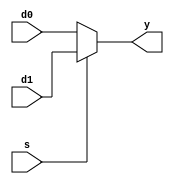
// mux2
module mux2 #(parameter WIDTH = 32)
             (d0, d1,
              s, y);
              
    input  [WIDTH-1:0] d0, d1;
    input              s;
    output [WIDTH-1:0] y;
              
    assign y = ( s == 1'b1 ) ? d1:d0;
    
endmodule

module mux2_5 #(parameter WIDTH = 5)
             (d0, d1,
              s, y);
              
    input  [WIDTH-1:0] d0, d1;
    input              s;
    output [WIDTH-1:0] y;
              
    assign y = ( s == 1'b1 ) ? d1:d0;
    
endmodule

module mux2_1(d0, d1,
              s, y);
              
    input  d0, d1;
    input   s;
    output  y;
              
    assign y = ( s == 1'b1 ) ? d1:d0;
    
endmodule

// mux4
module mux4 #(parameter WIDTH = 32)
             (d0, d1, d2, d3,
              s, y);
    
    input  [WIDTH-1:0] d0, d1, d2, d3;
    input  [1:0] s;
    output [WIDTH-1:0] y;
    
    reg [WIDTH-1:0] y_r;
    
    always @( * ) begin
        case ( s )
            2'b00: y_r = d0;
            2'b01: y_r = d1;
            2'b10: y_r = d2;
            2'b11: y_r = d3;
            default: ;
        endcase
    end // end always
    
    assign y = y_r;
        
endmodule

module mux4_5 #(parameter WIDTH = 5)
             (d0, d1, d2, d3,
              s, y);
    
    input  [WIDTH-1:0] d0, d1, d2, d3;
    input  [1:0] s;
    output [WIDTH-1:0] y;
    
    reg [WIDTH-1:0] y_r;
    
    always @( * ) begin
        case ( s )
            2'b00: y_r = d0;
            2'b01: y_r = d1;
            2'b10: y_r = d2;
            2'b11: y_r = d3;
            default: ;
        endcase
    end // end always
    
    assign y = y_r;
        
endmodule

// mux8
module mux8 #(parameter WIDTH = 8)
             (d0, d1, d2, d3,
              d4, d5, d6, d7,
              s, y);
    
    input  [WIDTH-1:0] d0, d1, d2, d3;
    input  [WIDTH-1:0] d4, d5, d6, d7;
    input  [2:0]       s;
    output [WIDTH-1:0] y;
    
    reg [WIDTH-1:0] y_r;
    
    always @( * ) begin
        case ( s )
            3'd0: y_r = d0;
            3'd1: y_r = d1;
            3'd2: y_r = d2;
            3'd3: y_r = d3;
            3'd4: y_r = d4;
            3'd5: y_r = d5;
            3'd6: y_r = d6;
            3'd7: y_r = d7;
            default: ;
        endcase
    end // end always
    
    assign y = y_r;
    
endmodule

// mux16
module mux16 #(parameter WIDTH = 8)
             (d0, d1, d2, d3,
              d4, d5, d6, d7,
              d8, d9, d10, d11,
              d12, d13, d14, d15,
              s, y);
    
    input [WIDTH-1:0] d0, d1, d2, d3;
    input [WIDTH-1:0] d4, d5, d6, d7;
    input [WIDTH-1:0] d8, d9, d10, d11;
    input [WIDTH-1:0] d12, d13, d14, d15;
    input [3:0] s;
    output [WIDTH-1:0] y;
    
    reg [WIDTH-1:0] y_r;
    
    always @( * ) begin
        case ( s )
            4'd0:  y_r = d0;
            4'd1:  y_r = d1;
            4'd2:  y_r = d2;
            4'd3:  y_r = d3;
            4'd4:  y_r = d4;
            4'd5:  y_r = d5;
            4'd6:  y_r = d6;
            4'd7:  y_r = d7;
            4'd8:  y_r = d8;
            4'd9:  y_r = d9;
            4'd10: y_r = d10;
            4'd11: y_r = d11;
            4'd12: y_r = d12;
            4'd13: y_r = d13;
            4'd14: y_r = d14;
            4'd15: y_r = d15;
            default: ;
        endcase
    end // end always
    
    assign y = y_r;
    
endmodule